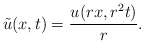
\begin{align*}\tilde u(x,t) = \frac{u(rx,r^2 t)}{r}.\end{align*}